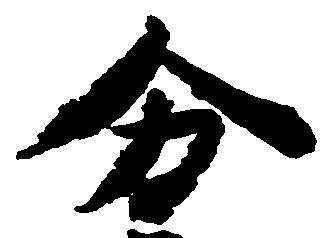
分